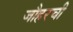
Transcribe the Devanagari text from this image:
जौहरची